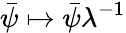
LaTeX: {\bar{\psi}}\mapsto{\bar{\psi}}\lambda^{-1}